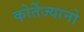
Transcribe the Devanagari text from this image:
कोर्तेज्यानो